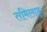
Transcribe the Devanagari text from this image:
तमिलाडू